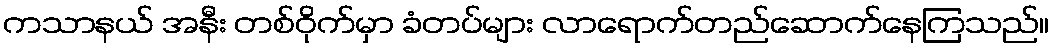
ကသာနယ် အနီး တစ်ဝိုက်မှာ ခံတပ်များ လာရောက်တည်ဆောက်နေကြသည်။